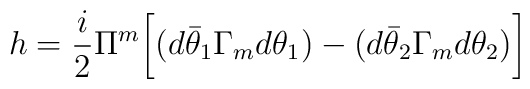
h={i\over 2}\Pi^m\biggl [ (d\bar\theta_1\Gamma_m d\theta_1)-(d\bar\theta_2\Gamma_m d\theta_2)\biggr ]